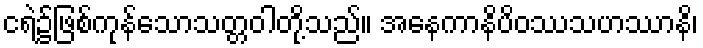
ငရဲ၌ဖြစ်ကုန်သောသတ္တဝါတို့သည်။ အနေကာနိပိဝဿသဟဿာနိ၊